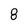
Character: 8